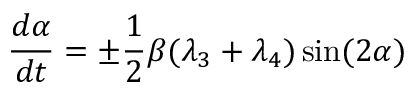
\frac { d \alpha } { d t } = \pm \frac { 1 } { 2 } \beta ( \lambda _ { 3 } + \lambda _ { 4 } ) \sin ( 2 \alpha )